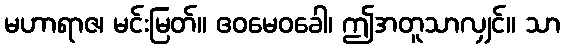
မဟာရာဇ၊ မင်းမြတ်။ ဧဝမေဝခေါ၊ ဤအတူသာလျှင်။ သာ